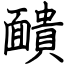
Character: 靧